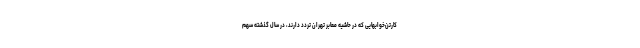
کارتن‌خوابهایی که در حاشیه معابر تهران تردد دارند، در سال گذشته سهم